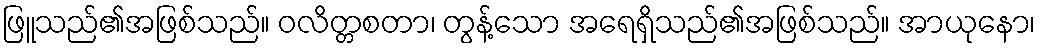
ဖြူသည်၏အဖြစ်သည်။ ဝလိတ္တစတာ၊ တွန့်သော အရေရှိသည်၏အဖြစ်သည်။ အာယုနော၊